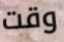
وقت